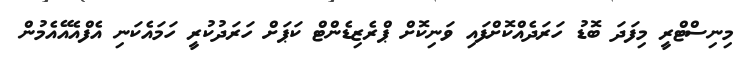
މިނިސްޓްރީ މިފަދަ ބޮޑު ހަރަދެއްކޮށްފައި ވަނިކޮށް ޕްރެޒިޑެންޓް ކަޕަށް ހަރަދުކުރީ ހަމައެކަނި އެފްއެއޭއެމުން